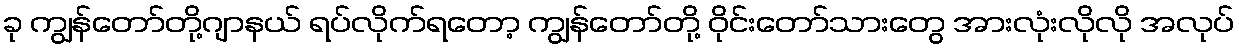
ခု ကျွန်တော်တို့ဂျာနယ် ရပ်လိုက်ရတော့ ကျွန်တော်တို့ ဝိုင်းတော်သားတွေ အားလုံးလိုလို အလုပ်